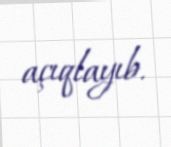
açıqlayıb.